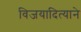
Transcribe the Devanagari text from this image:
विजयादित्याने